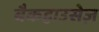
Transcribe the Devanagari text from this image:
बैकहाउसेज़